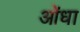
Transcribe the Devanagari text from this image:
ओंधा